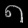
Digit: ၈